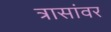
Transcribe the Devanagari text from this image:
त्रासांवर